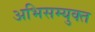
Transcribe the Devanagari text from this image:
अभिसम्युक्त